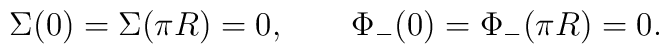
\Sigma(0)=\Sigma(\pi R) = 0,\qquad \Phi_-(0) = \Phi_-(\pi R)=0.